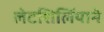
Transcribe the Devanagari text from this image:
लेटशिलिंयाने